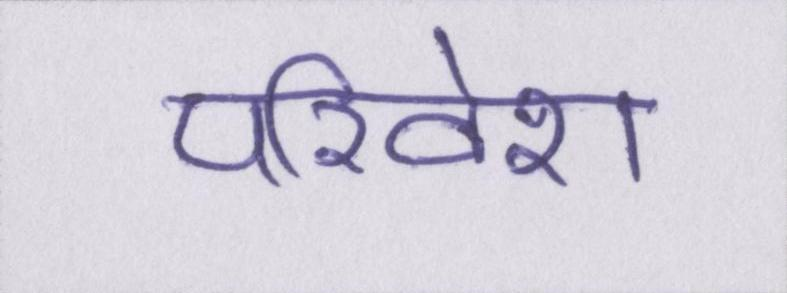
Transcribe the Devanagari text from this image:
परिवेश